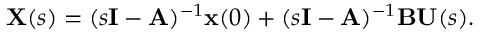
\mathbf { X } ( s ) = ( s \mathbf { I } - \mathbf { A } ) ^ { - 1 } \mathbf { x } ( 0 ) + ( s \mathbf { I } - \mathbf { A } ) ^ { - 1 } \mathbf { B } \mathbf { U } ( s ) .